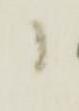
候